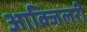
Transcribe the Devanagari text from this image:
आक्जिलरी